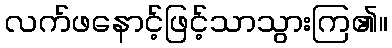
လက်ဖနောင့်ဖြင့်သာသွားကြ၏။